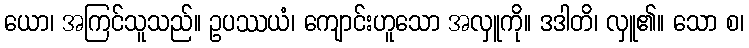
ယော၊ အကြင်သူသည်။ ဥပဿယံ၊ ကျောင်းဟူသော အလှူကို။ ဒဒါတိ၊ လှူ၏။ သော စ၊